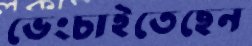
ভেংচাইতেছেন